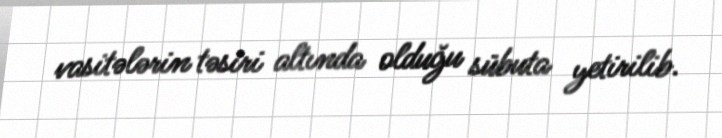
vasitələrin təsiri altında olduğu sübuta yetirilib.